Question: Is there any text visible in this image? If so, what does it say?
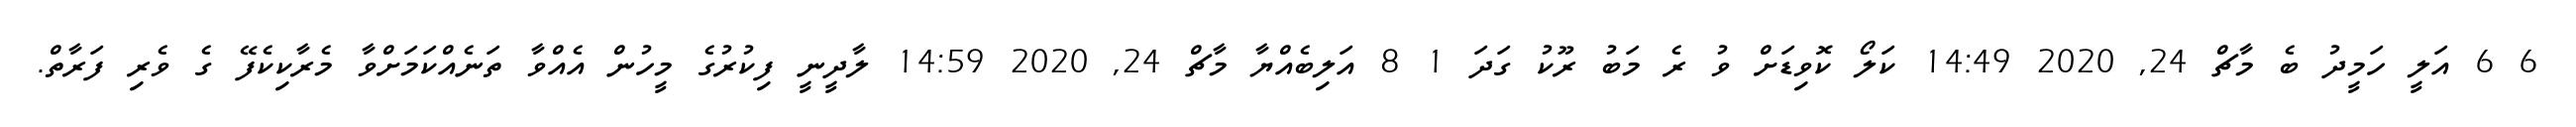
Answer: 6 6 އަލީ ހަމީދު ބެ މާޗް 24, 2020 14:49 ކަލޯ ކޮވިޑަށް ވު ރެ މަބު ރޫކު ގަދަ 1 8 އަލިބެއްޔާ މާޗް 24, 2020 14:59 ލާދީނީ ފިކުރުގެ މީހުން އެއްވާ ތަނެއްކަމަށްވާ މެރާކިކެފޭ ގެ ވެރި ފަރާތް.